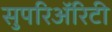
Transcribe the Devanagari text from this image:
सुपरिअॅरिटी